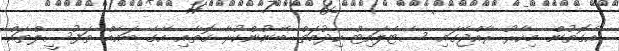
އެގޮތުން މިހާރު ރާއްޖޭގައި ސެޓެލައިޓް ހިދުމަތް ބޭނުންކުރާ ގޮތާއި އޭގެ ބައެއް ތަފުސީލްތައް